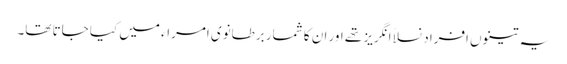
یہ تینوں افراد نسلاً انگریز تھے اور ان کا شمار برطانوی امراء میں کیا جاتا تھا۔